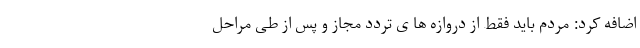
اضافه کرد: مردم باید فقط از دروازه ها ی تردد مجاز و پس از طی مراحل